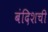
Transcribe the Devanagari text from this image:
बंदिशची